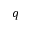
q